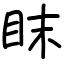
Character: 眜